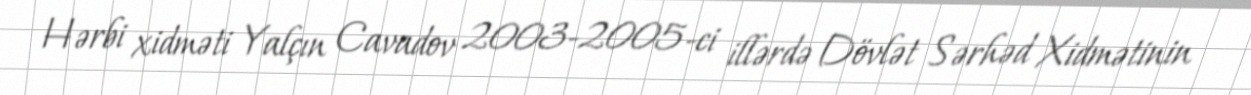
Hərbi xidməti Yalçın Cavadov 2003-2005-ci illərdə Dövlət Sərhəd Xidmətinin